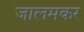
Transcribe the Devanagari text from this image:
जालमकर